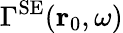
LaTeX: \Gamma^{\mathrm{SE}}({\mathbf r}_{0},\omega)